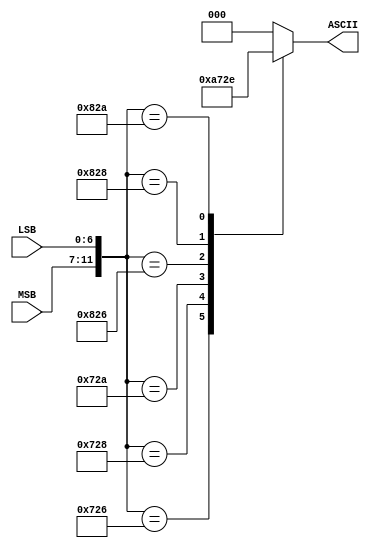
`timescale 1ns / 1ps
//////////////////////////////////////////////////////////////////////////////////
// Company: 
// Engineer: 
// 
// Design Name: 
// Module Name: codificador
// Project Name: 
// Target Devices: 
// Tool Versions: 
// Description: 
// 
// Dependencies: 
// 
// Revision:
// Revision 0.01 - File Created
// Additional Comments:
// 
//////////////////////////////////////////////////////////////////////////////////


module codificador(
    input [4:0] MSB,
    input [6:0] LSB,
    output reg [2:0] ASCII
    
    );
    wire [11:0]adr;
    assign adr = {MSB,LSB};
    always @*
    case (adr)
        12'b011100100110: ASCII = 3'b001;   //L
        12'b011100101000: ASCII = 3'b010;   //N
        12'b011100101010: ASCII = 3'b011;   //C
        12'b100000100110: ASCII = 3'b100;   //D
        12'b100000101000: ASCII = 3'b101;   //S
        12'b100000101010: ASCII = 3'b110;   //V    
        default: ASCII = 3'b000;
        endcase
           
    
    
endmodule